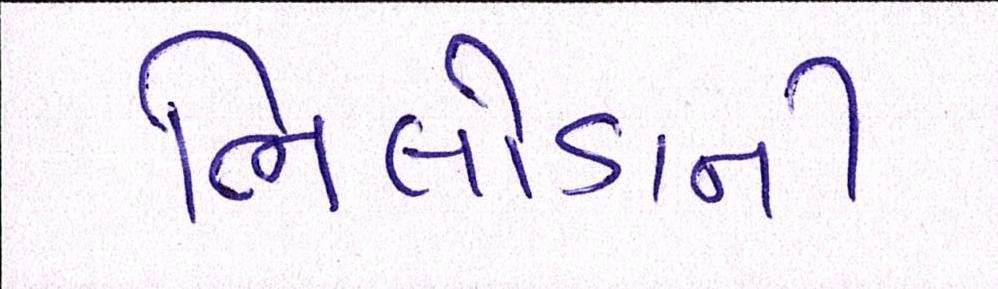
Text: ભિલોડાની